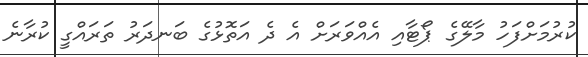
ކުރުމަށްފަހު މާލޭގެ ޕޯޓާއި އެއްވަރަށް އެ ދެ އަތޮޅުގެ ބަނދަރު ތަރައްގީ ކުރާނެ